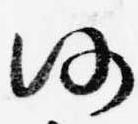
仍